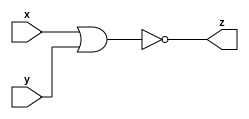
module Nor_1210708 #(parameter n =4) (input signed [n+1:0] x, y,
										output [n+1:0] z);
//A module that assign the output as x nor y
  assign z = ~(x | y);

endmodule